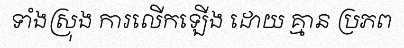
ទាំងស្រុង ការលើកឡើង ដោយ គ្មាន ប្រភព